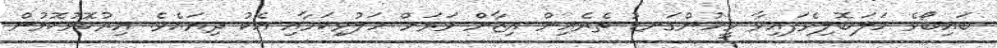
ބައިބޯވެ ހަލަބޮލިވެފައިވާ މީހުންގަނޑު ތެރެއިން އިޒާން ވަރަށް ހަލުވިކަމާއި އެކު ދިޔައެވެ. އިރުކޮޅުކޮޅުން